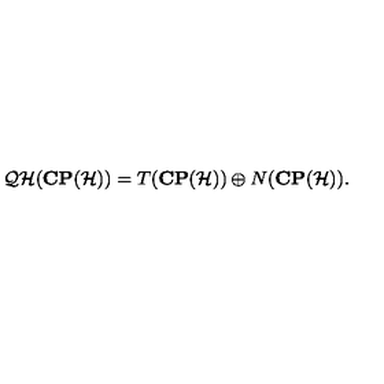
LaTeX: { \cal Q H } ( { \bf C P } ( { \cal H } ) ) = T ( { \bf C P } ( { \cal H } ) ) \oplus N ( { \bf C P } ( { \cal H } ) ) .